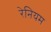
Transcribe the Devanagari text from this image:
रेनियम